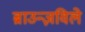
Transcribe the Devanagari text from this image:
ब्राउन्ज़विले